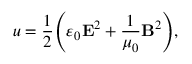
u = { \frac { 1 } { 2 } } \! \left( \varepsilon _ { 0 } \mathbf { E } ^ { 2 } + { \frac { 1 } { \mu _ { 0 } } } \mathbf { B } ^ { 2 } \right) \! ,